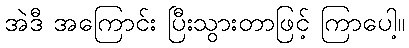
အဲဒီ အကြောင်း ပြီးသွားတာဖြင့် ကြာပေါ့။